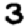
Digit: 3